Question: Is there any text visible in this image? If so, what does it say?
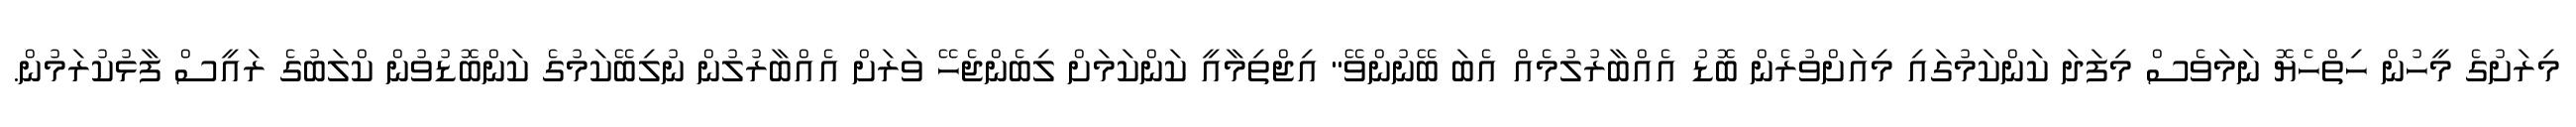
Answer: މިރަށުގެ މީހުން ހިތްހެޔޮ ނަމަވެސް މިފަދަ ކަންކަމުގައި މިއަށްވުރެން ބޮޑު އެއްބާރުލުމެއް އެބަ ބޭނުންވޭ" އިޖްތިމާއީ ކަންކަމަށް ލިބެންޖެހޭ ވަރަށް އެއްބާރުލުން ނުލިބޭކަމުގެ ކަންބޮޑުވުން ކްލަބުގެ ރައީސް ފާޅުކުރަމުން.